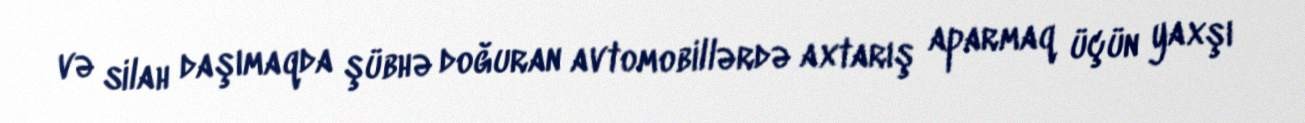
və silah daşımaqda şübhə doğuran avtomobillərdə axtarış aparmaq üçün yaxşı